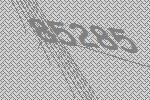
85285